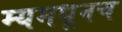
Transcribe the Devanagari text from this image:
म्यमधूनच